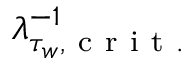
\lambda _ { \tau _ { w } , \mathrm { ~ c ~ r ~ i ~ t ~ . ~ } } ^ { - 1 }